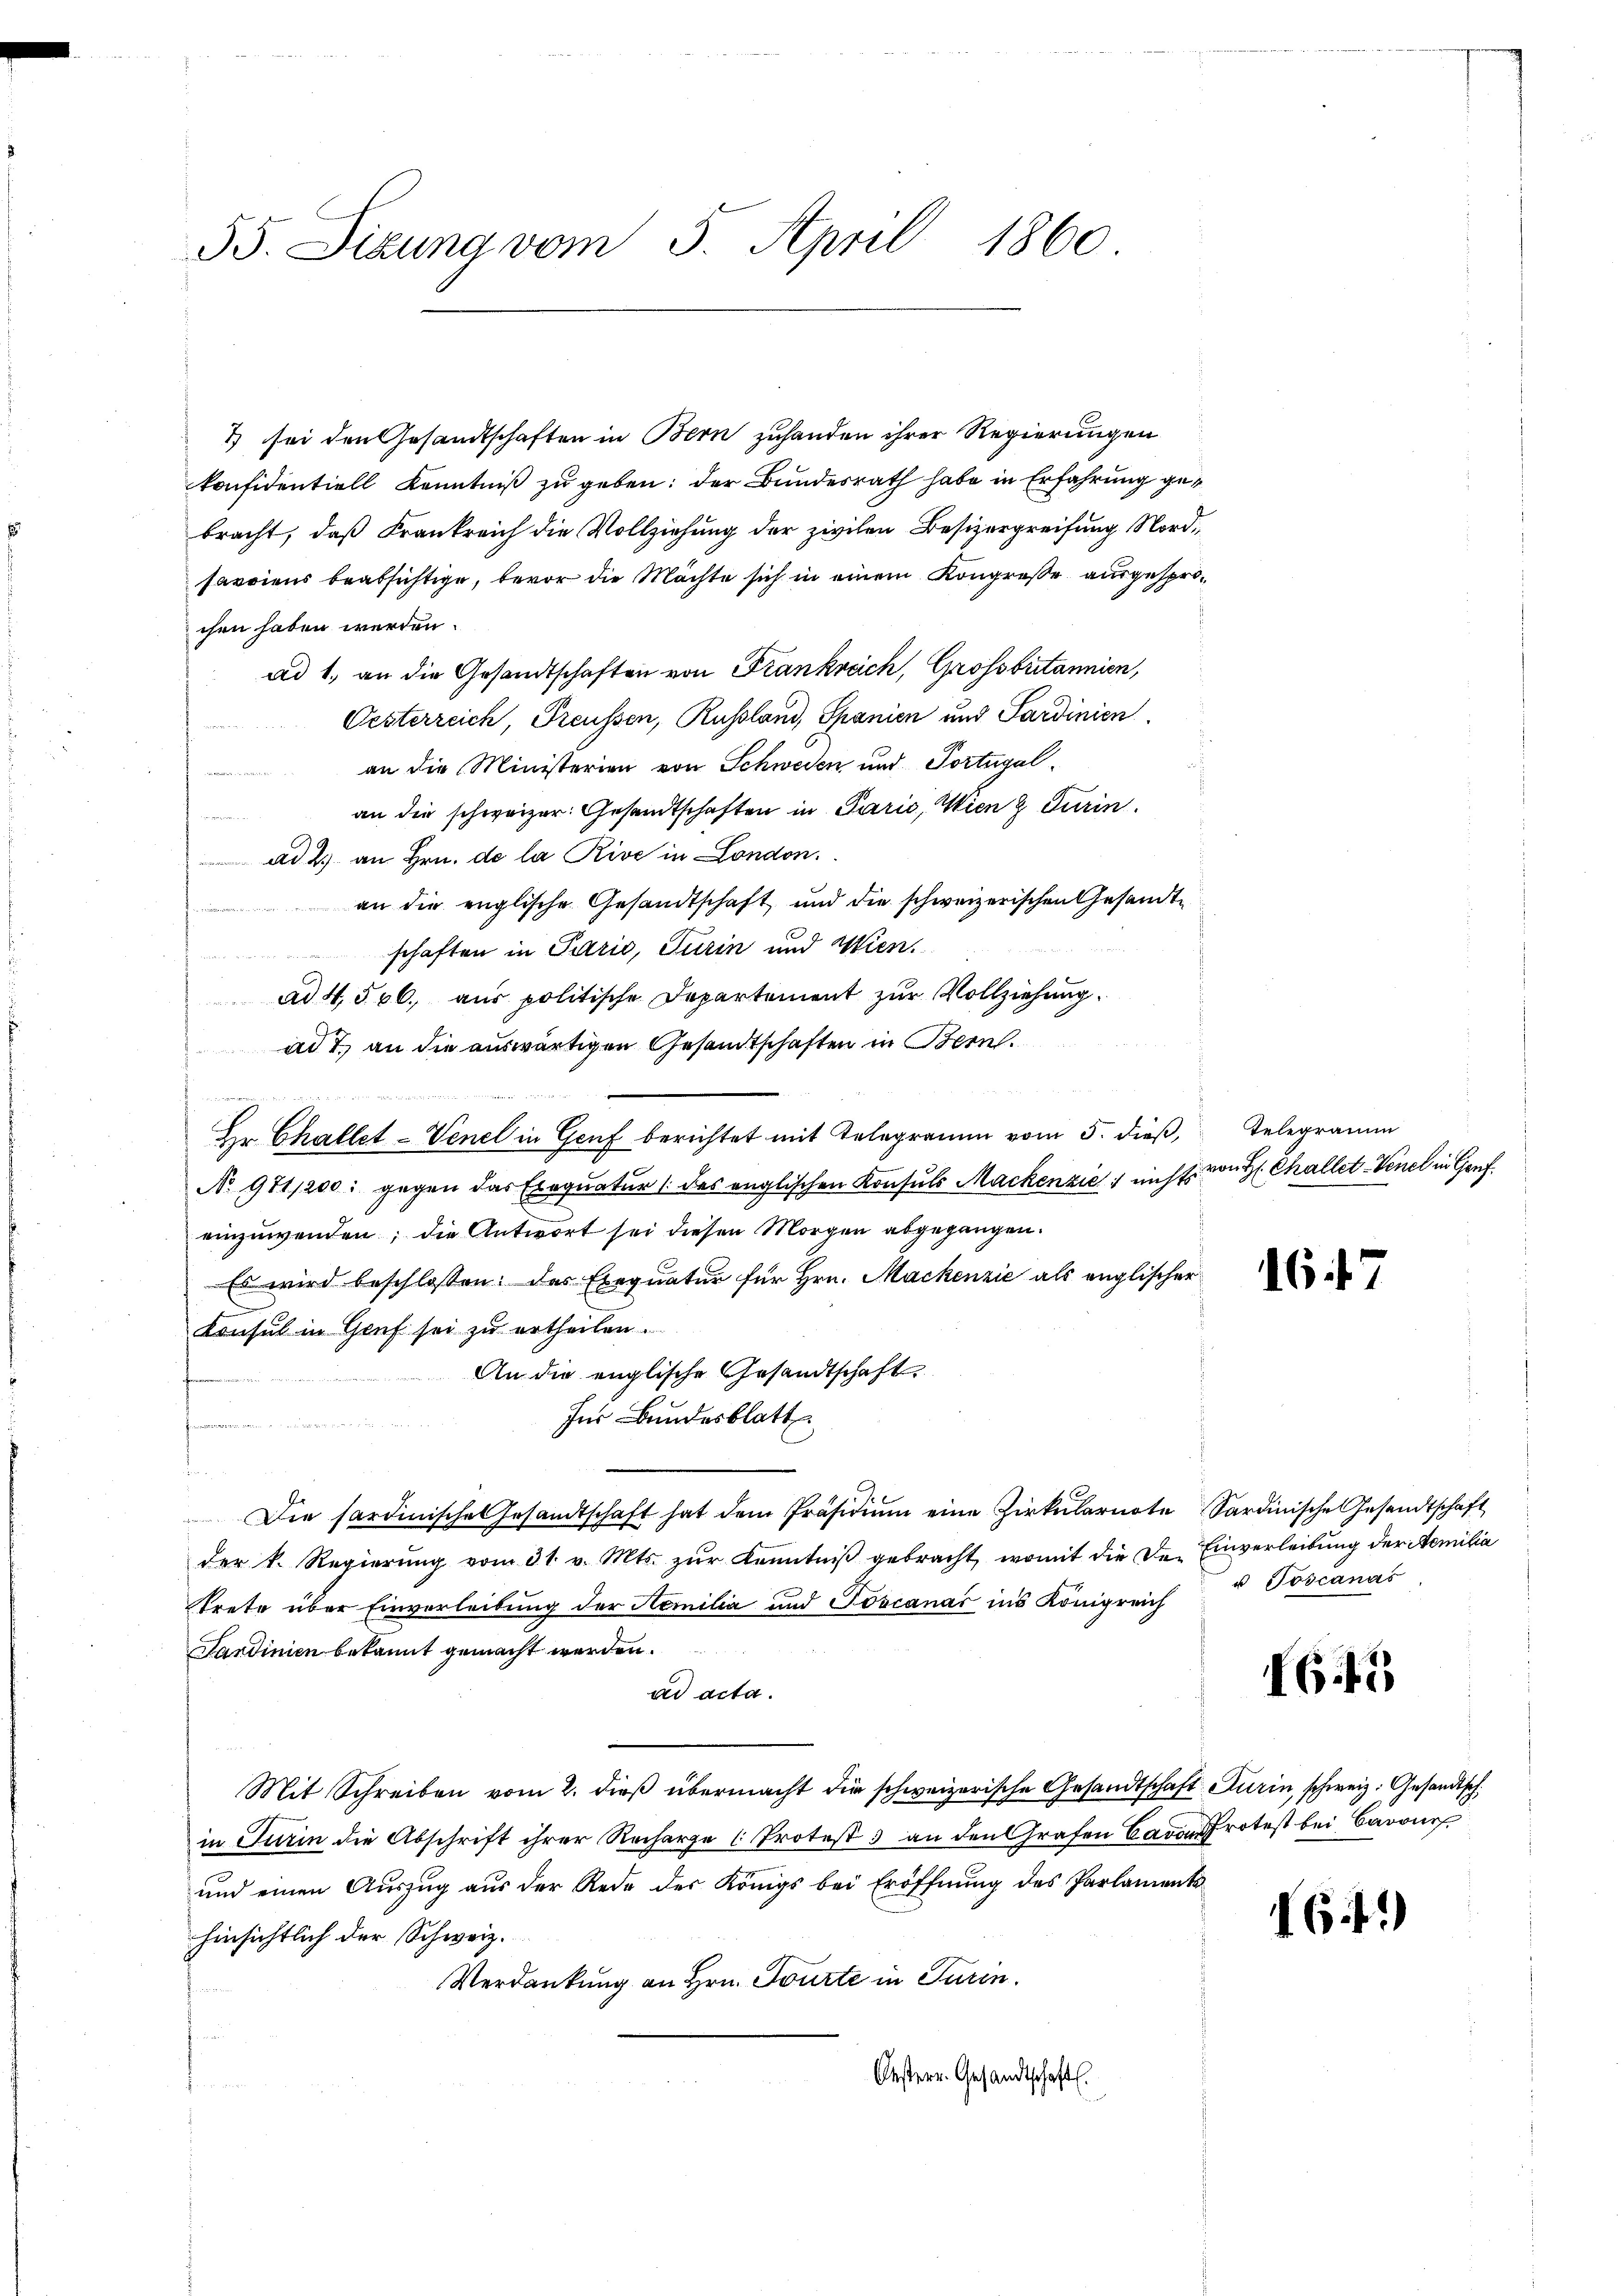
55. Sizung vom 5. April 1860

2 sei den Gesandtschaften in Bern zuhanden ihrer Regierungen
konfidentiell Kenntniß zu geben: der Bundesrath habe in Erfahrung gebracht, daß Frankreich die Vollziehung der zivilen Besizergreifung Nordsaviens beabsichtige, bevor die Machte sich in einem Kongreße ausgesprochen haben werden.
ad 1. an die Gesandtschaften von Frankreich, Grossbritannien,
Oesterreich, Freussen, Russland, Spanien und Sardinien
an die Ministerien von Schweden und Portugal¬
-
an die schweizer. Gesandtschaften in Paris, Wien & Turin

ad 2. an Hrn. de la Rive in London.
an die englische Gesandtschaft und die schweizerischen Gesandte
schaften in Parić, Turin und Wien
ad 4500. aus politische Departement zur Vollziehung.
ad 7. an die auswärtigen Gesandtschaften in Bern.

Hr. Challet-Venel in Genf berichtet mit Telegramm vom 5. dieß,
No 971/200: gegen das Exequatur 1 des englischen Konsuls Mackenzić / nichts von H. Challet-Venel in Genf
einzuwenden; die Antwort sei diesen Morgen abgegangen.
Es wird beschlossen: das Exequatur für Hrn. Mackenzić als englischer
Konsul in Gruf sei zu ertheilen.
An die englische Gesandtschaft
Ins Bundesblatt
.
Die Sardinische Gesandtschaft hat dem Präsidiŭm eine Zirkŭlarnote Sardinische Gesandtschaft
der k. Regierŭng vom 31. v. Mts. zŭr Kenntniβ gebracht, womit die da. Einverleibŭng der Aemilia
Trete über Einverleibung der Hemilia und Toscanar ins Königreich
Sardinien bekannt gemacht worden.
ad acta.
Mit Schreiben vom 2. dieβ übermacht die schweizerische Gesandtschaft Turin, schweiz. Gesandtsch
in Turin die Abschrift ihrer Recharge (Protest 3 an den Grafen Baron Protest bei Barone
und einen Auszug aus der Rede des Königs bei Eröffnung des Parlaments
hinsichtlich der Schweiz.
Verdankung an Hrn. Tourte in Turin.
Oestern. Gesandtschaft.

Telegramm

1647

u Toscanas

6.15

641)